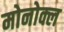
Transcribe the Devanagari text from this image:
मोनोक्ल